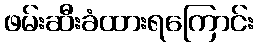
ဖမ်းဆီးခံထားရကြောင်း